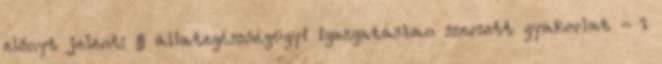
előnyt jelent: § állategészségügyi igazgatásban szerzett gyakorlat - 1